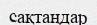
сақтаңдар